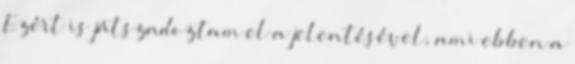
Ezért is játszadoztam el a jelentésével, ami ebben a